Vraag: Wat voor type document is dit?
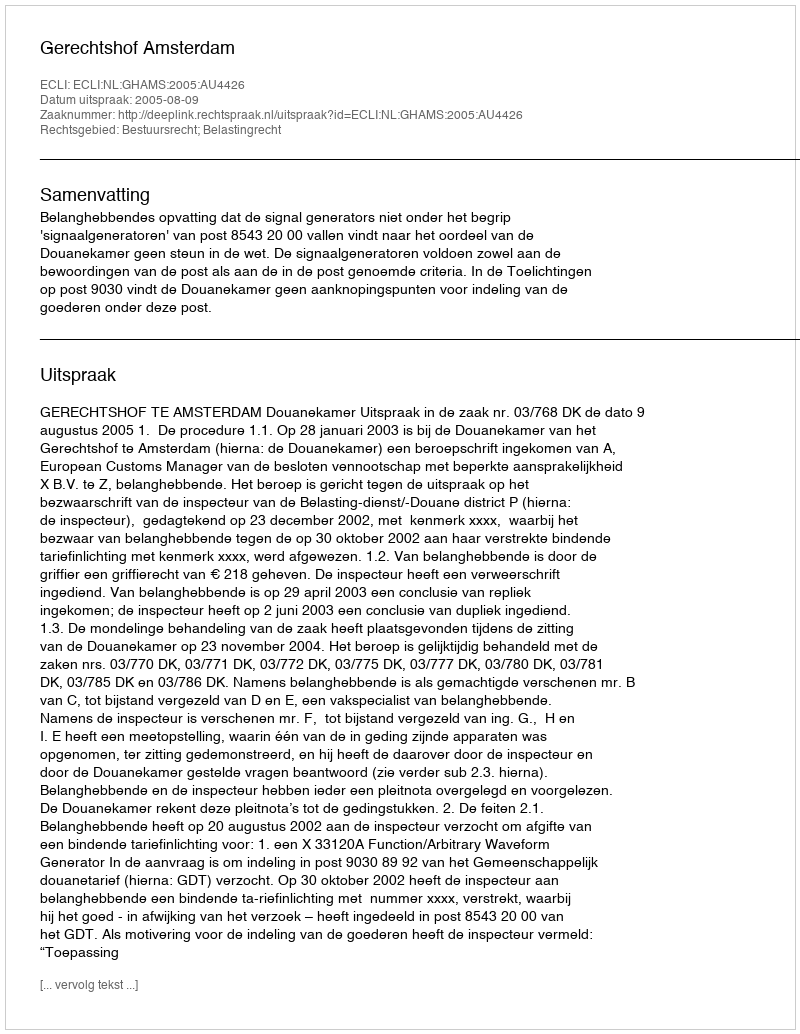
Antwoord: Uitspraak